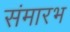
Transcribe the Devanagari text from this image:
संमारभ